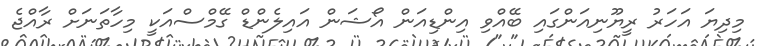
މިދިޔަ އަހަރު ރީޔޫނިއަންގައި ބޭއްވި އިންޑިއަން އޯޝަން އައިލެންޑް ގޭމްސްއަކީ މިހާތަނަށް ރާއްޖެ